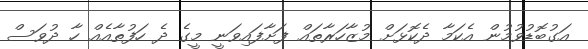
އަގުބޮޑުވުމުން އެކަމާ ދެކޮޅަށް މުޒާހަރާތައް ފަށާފައިވަނީ މީގެ ދެ ހަފުތާއެއް ހާ ދުވަސް